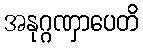
အနုဂ္ဂဏှာပေတိ